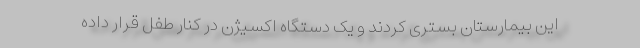
این بیمارستان بستری کردند و یک دستگاه اکسیژن در کنار طفل قرار داده